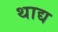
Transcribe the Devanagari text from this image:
थाद्य